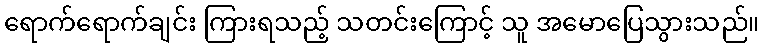
ရောက်ရောက်ချင်း ကြားရသည့် သတင်းကြောင့် သူ အမောပြေသွားသည်။